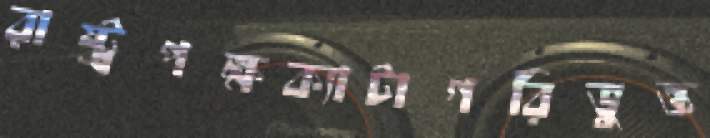
রাষ্ট্রপক্ষক্যাটাগরিভুক্ত